Malaria in the Punjab - Number 46
Disease focus: Malaria
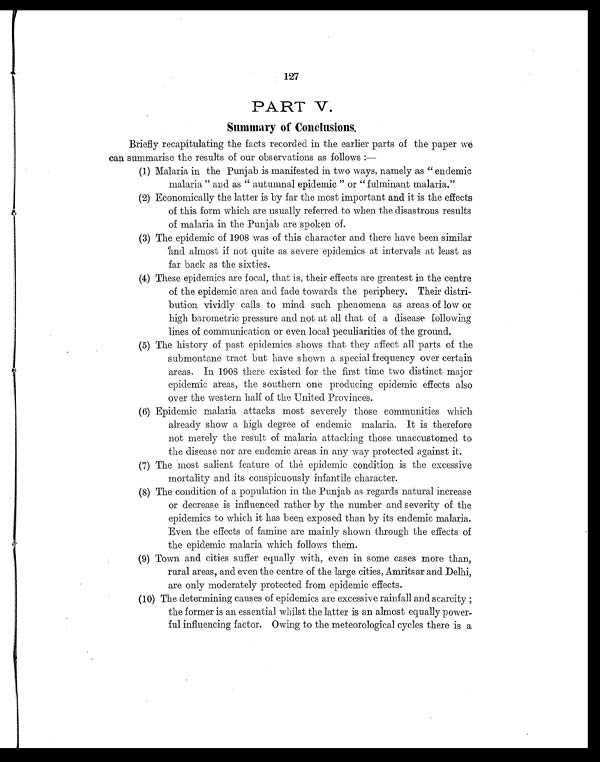
127
PART
V.
Summary of Conclusions.
Briefly recapitulating the facts recorded in the earlier parts of the paper we
can summarise the results of our observations as follows :
—
(1) Malaria in the Punjab is manifested in two ways, namely as "endemic
malaria" and as " autumnal epidemic " or " fulminant malaria."
(2) Economically the latter is by far the most important and it is the effects
of this form which are usually referred to when the disastrous results
of malaria in the Punjab are spoken of.
(3) The epidemic of 1908 was of this character and there have been similar
and almost if not quite as severe epidemics at intervals at least as
far back as the sixties.
(4) These epidemics are focal, that is, their effects are greatest in the centre
of the epidemic area and fade towards the periphery. Their distri-
bution vividly calls to mind such phenomena as areas of low or
high barometric pressure and not at all that of a disease following
lines of communication or even local peculiarities of the ground.
(5) The history of past epidemics shows that they affect all parts of the
submontane tract but have shown a special frequency over certain
areas. In 1908 there existed for the first time two distinct major
epidemic areas, the southern one producing epidemic effects also
over the western half of the United Provinces.
(6) Epidemic malaria attacks most severely those communities which
already show a high degree of endemic malaria. It is therefore
not merely the result of malaria attacking those unaccustomed to
the disease nor are endemic areas in any way protected against it.
(7) The most salient feature of the epidemic condition is the excessive
mortality and its conspicuously infantile character.
(8) The condition of a population in the Punjab as regards natural increase
or decrease is influenced rather by the number and severity of the
epidemics to which it has been exposed than by its endemic malaria.
Even the effects of famine are mainly shown through the effects of
the epidemic malaria which follows them.
(9) Town and cities suffer equally with, even in some cases more than,
rural areas, and even the centre of the large cities, Amritsar and Delhi,
are only moderately protected from epidemic effects.
(10) The determining causes of epidemics are excessive rainfall and scarcity ;
the former is an essential whilst the latter is an almost equally power-
ful influencing factor. Owing to the meteorological cycles there is a